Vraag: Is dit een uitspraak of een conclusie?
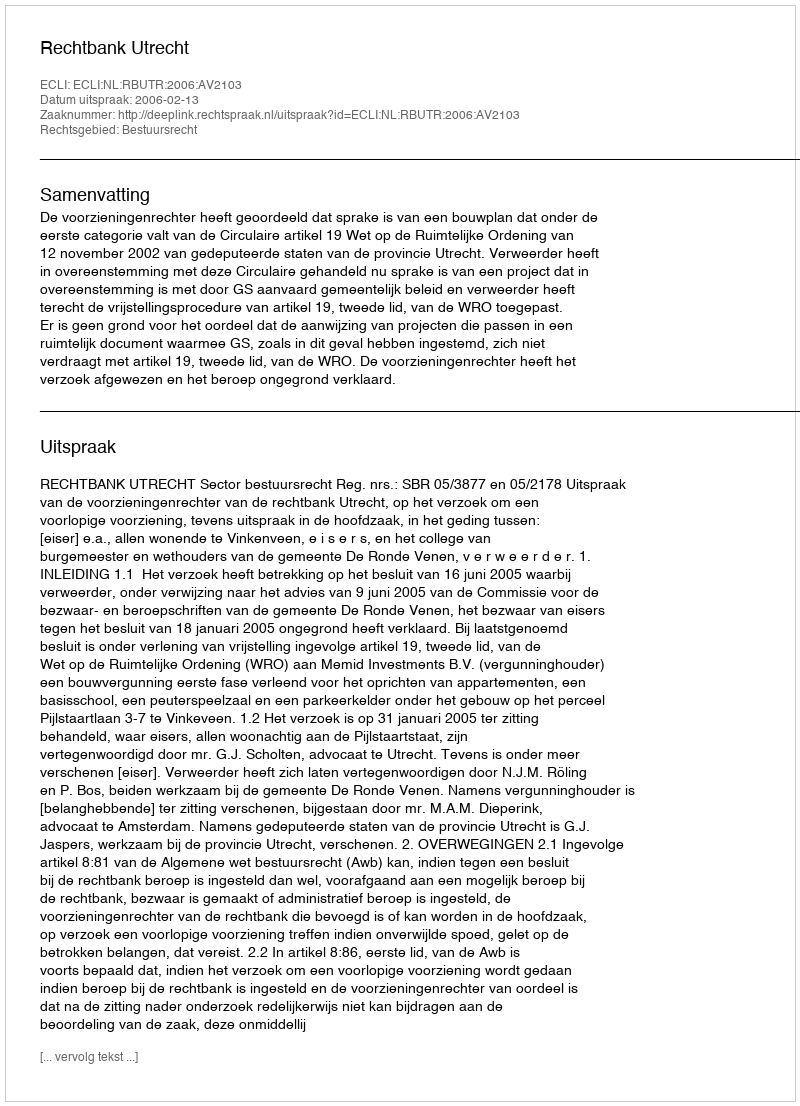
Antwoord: Uitspraak